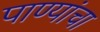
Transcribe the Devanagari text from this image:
पाण्यांचा